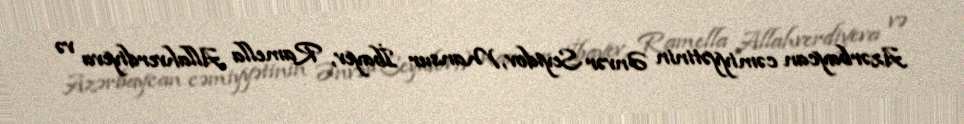
Azərbaycan cəmiyyətinin Ənvər Seyidov, Mansur İbayev, Ramella Allahverdiyeva və